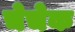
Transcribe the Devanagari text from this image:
चेचेक